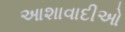
આશાવાદીઓ